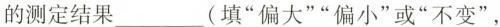
的测定结果___(填”偏大””偏小”或”不变”，